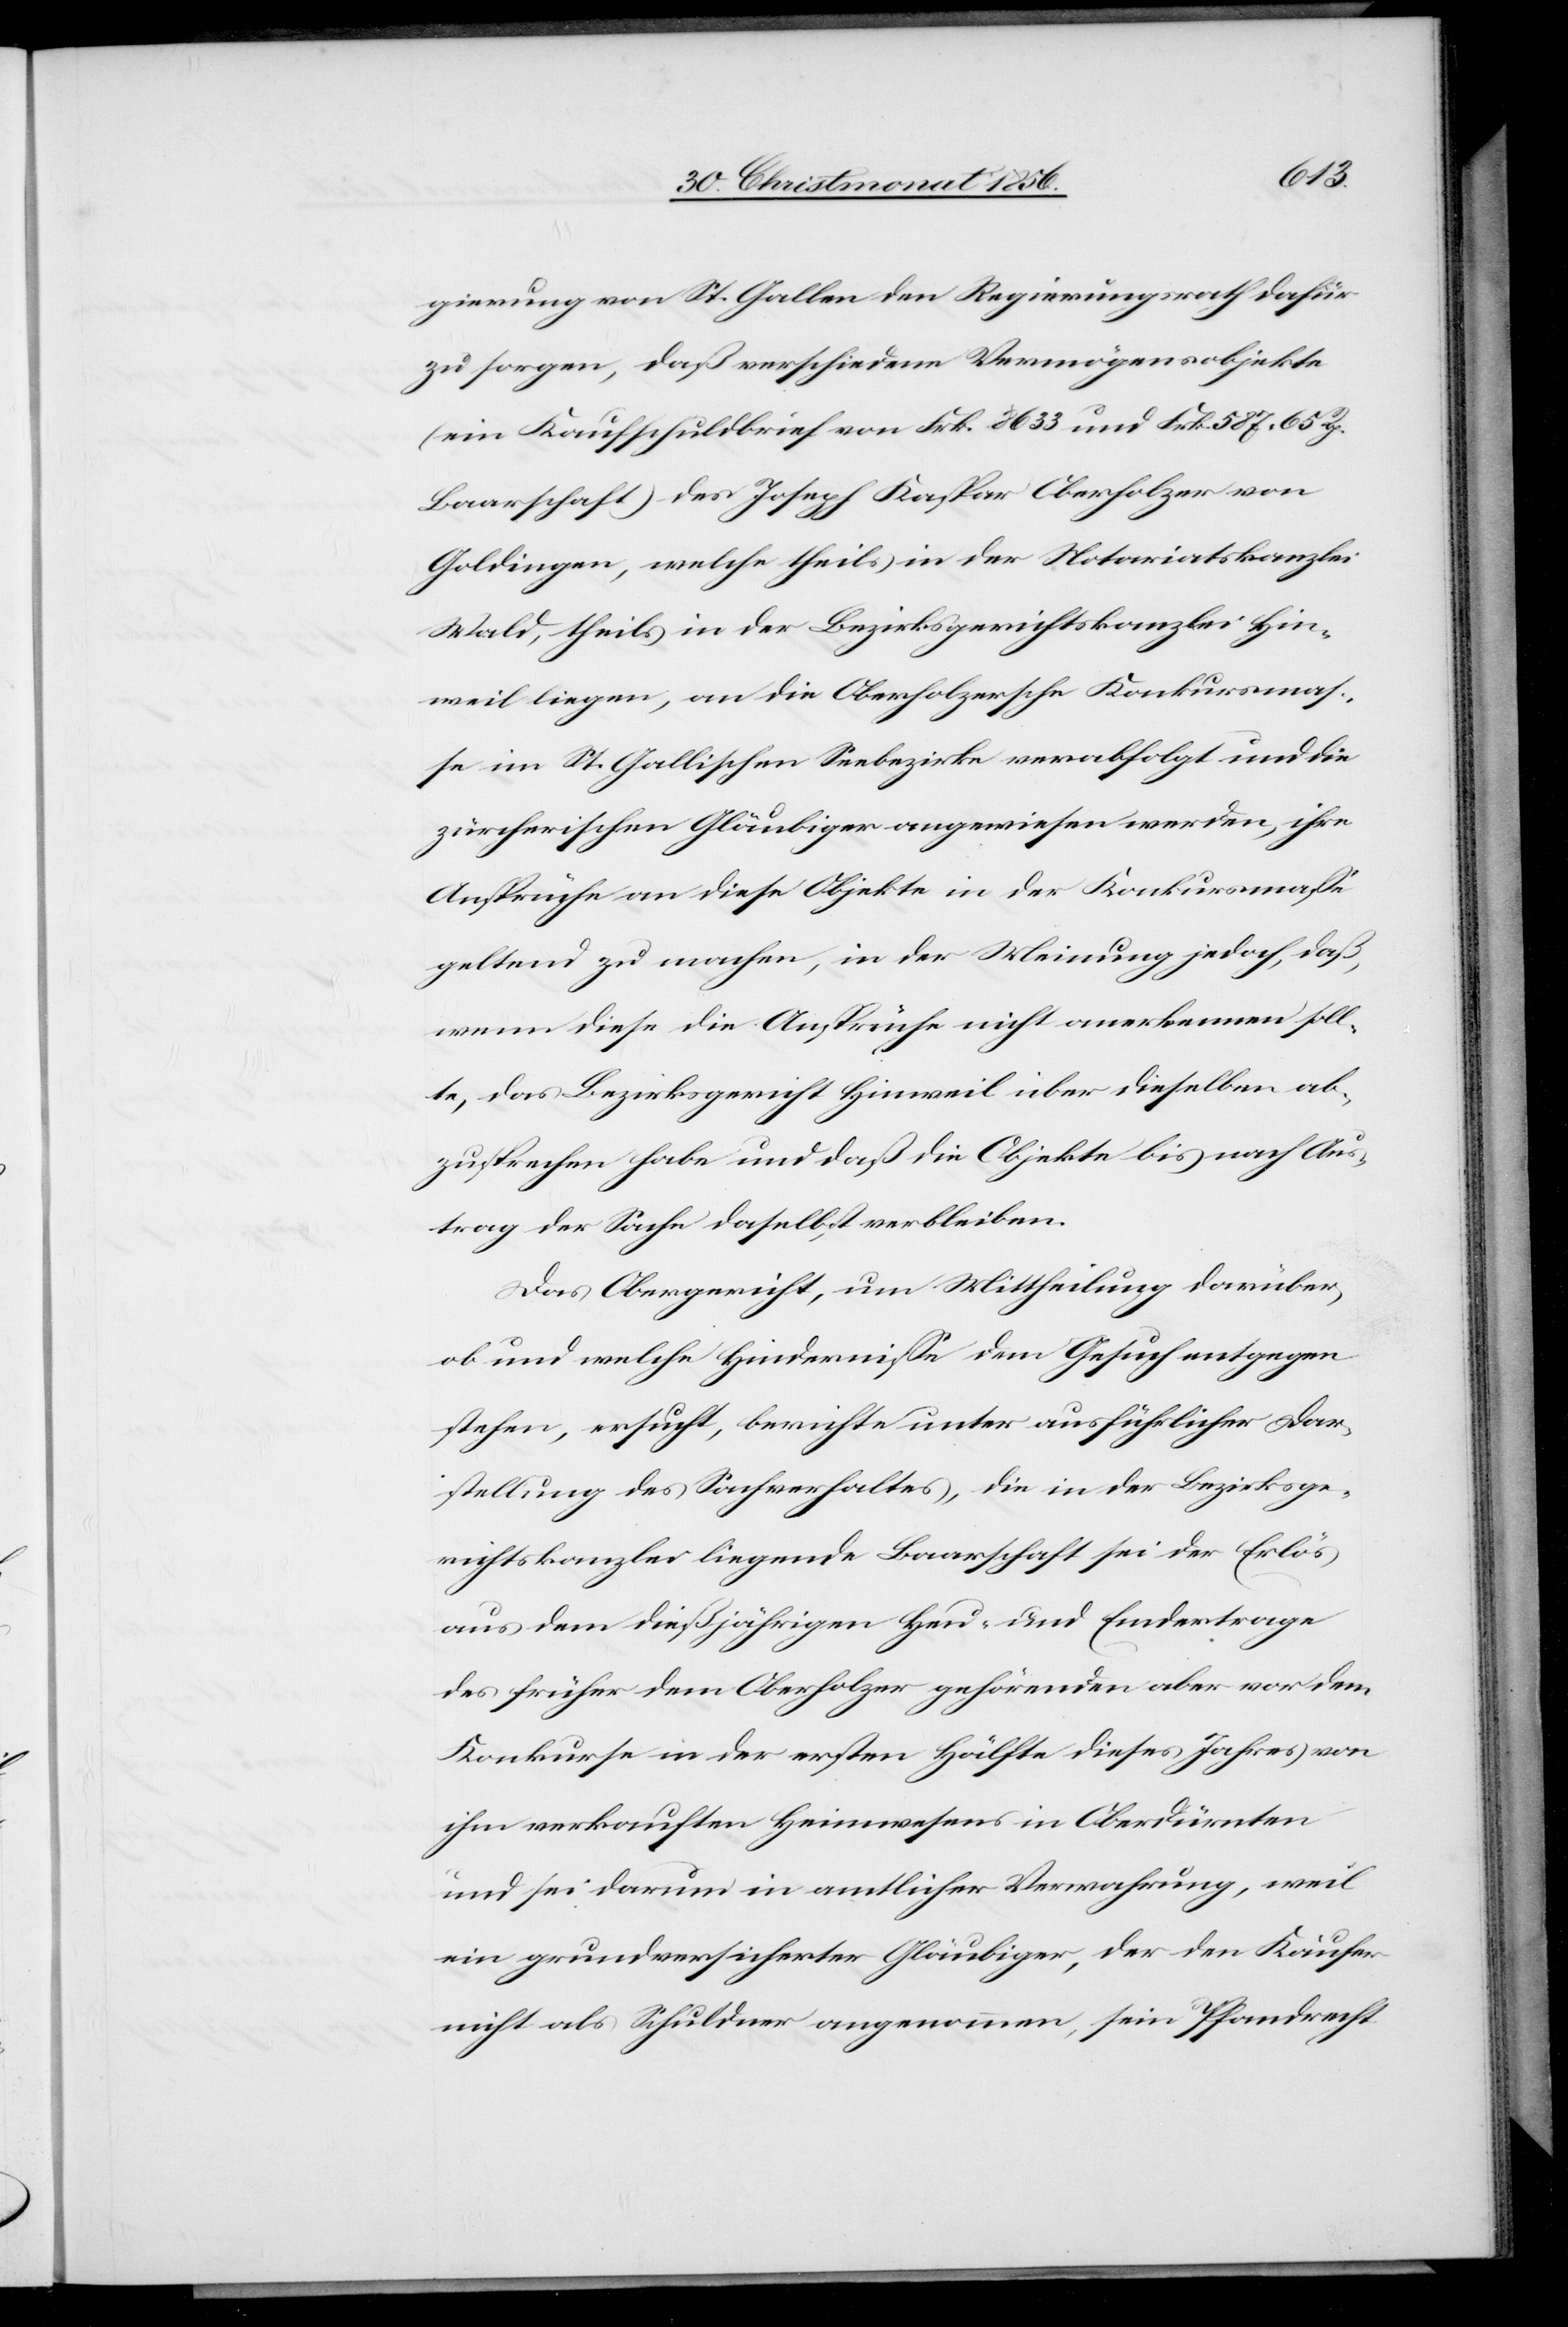
gierung von St. Gallen den Regierungsrath dafür
zu sorgen, daß verschiedene Vermögensobjekte
(ein Kaufschuldbrief von Frk. 8633 und Frk. 587. 65 Rp.
Baarschaft) des Joseph Kaspar Oberholzer von
Goldingen, welche theils in der Notariatskanzlei
Wald, theils in der Bezirksgerichtskanzlei Hin¬
weil liegen, an die Oberholzersche Konkursmas¬
se im St. Gallischen Seebezirke verabfolgt und die
zürcherischen Gläubiger angewiesen werden, ihre
Ansprüche an diese Objekte in der Konkursmasse
geltend zu machen, in der Meinung jedoch, daß
wenn diese die Ansprüche nicht anerkennen soll¬
te, das Bezirksgericht Hinweil über dieselben ab¬
zusprechen habe und daß die Objekte bis nach Aus¬
trag der Sache daselbst verbleiben.
Das Obergericht, um Mittheilung darüber,
ob und welche Hindernisse dem Gesuch entgegen
stehen, ersucht, berichte unter ausführlicher Dar¬
stellung des Sachverhaltes, die in der Bezirksge¬
richtskanzlei liegende Baarschaft sei der Erlös
aus dem dießjährigen Heu- und Emdertrage
des früher dem Oberholzer gehörenden aber vor dem
Konkurse in der ersten Hälfte dieses Jahres von
ihm verkauften Heimwesens in Oberdürnten
und sei darum in amtlicher Verwahrung, weil
ein grundversicherter Gläubiger, der den Käufer
nicht als Schuldner angenommen, sein Pfandrecht